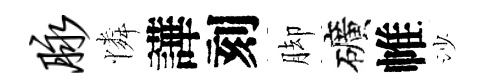
脉憐譁刻脚礦帷沙